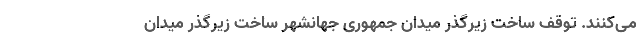
می‌کنند. توقف ساخت زیرگذر میدان جمهوری جهانشهر ساخت زیرگذر میدان